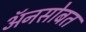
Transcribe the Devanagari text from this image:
अॅनसोबत